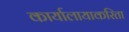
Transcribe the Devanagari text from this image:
कार्यालायाकरिता